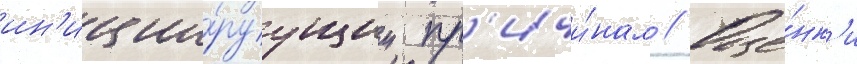
ин'иции́руущим пр'ичи́нам // Оце́нк'и